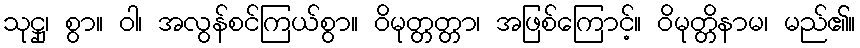
သုဋ္ဌု၊ စွာ။ ဝါ၊ အလွန်စင်ကြယ်စွာ။ ဝိမုတ္တတ္တာ၊ အဖြစ်ကြောင့်။ ဝိမုတ္တိနာမ၊ မည်၏။